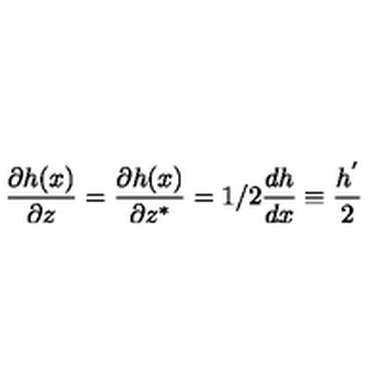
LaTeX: \frac { \partial h ( x ) } { \partial z } = \frac { \partial h ( x ) } { \partial z ^ { * } } = 1 / 2 \frac { d h } { d x } \equiv \frac { h ^ { ' } } { 2 }